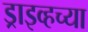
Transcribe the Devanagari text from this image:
ड्राइव्हच्या